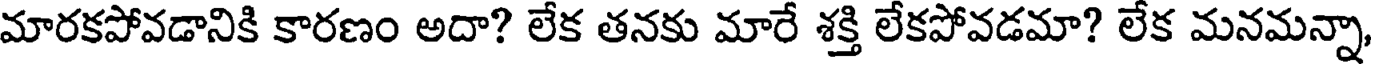
మారకపోవడానికి కారణం అదా? లేక తనకు మారే శక్తి లేకపోవడమా? లేక మనమన్నా